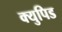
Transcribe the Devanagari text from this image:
क्युपिड